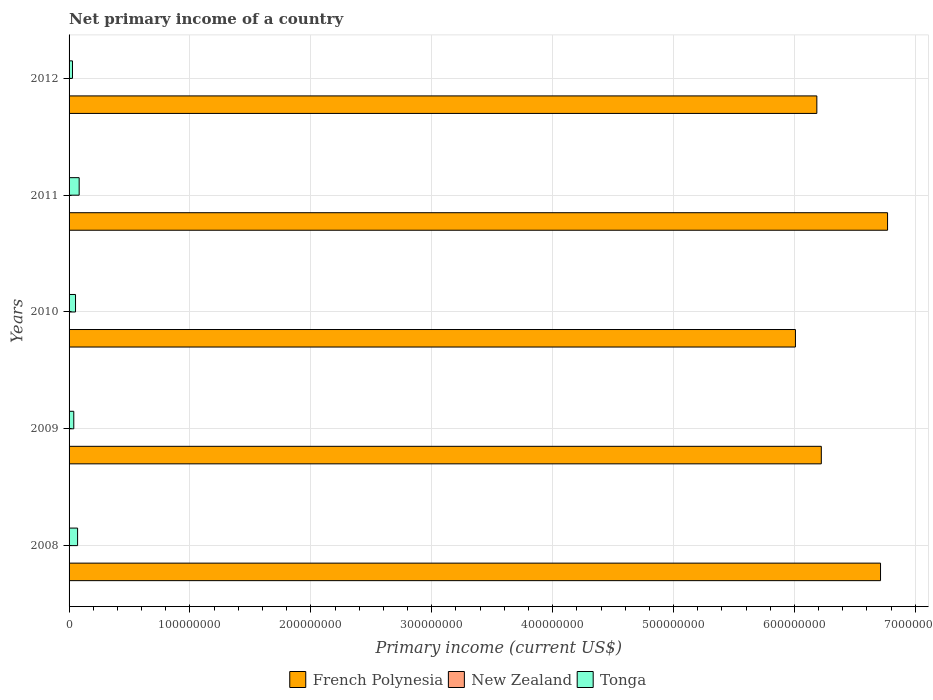
| Years | French Polynesia | New Zealand | Tonga |
 | --- | --- | --- | --- |
 | 2008 | 6.71e+08 | -1.01e+10 | 7.04e+06 |
 | 2009 | 6.22e+08 | -5.73e+09 | 3.9e+06 |
 | 2010 | 6.01e+08 | -6.79e+09 | 5.34e+06 |
 | 2011 | 6.77e+08 | -7.96e+09 | 8.36e+06 |
 | 2012 | 6.19e+08 | -7.35e+09 | 2.83e+06 |